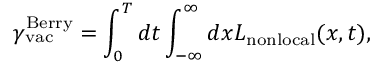
{ \gamma } _ { \mathrm { v a c } } ^ { \mathrm { B e r r y } } = \int _ { 0 } ^ { T } d t \int _ { - \infty } ^ { \infty } d x { \cal L } _ { \mathrm { n o n l o c a l } } ( x , t ) ,